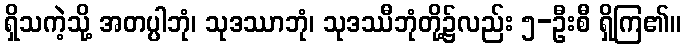
ရှိသကဲ့သို့ အတပ္ပါဘုံ၊ သုဒဿာဘုံ၊ သုဒဿီဘုံတို့၌လည်း ၅-ဦးစီ ရှိကြ၏။